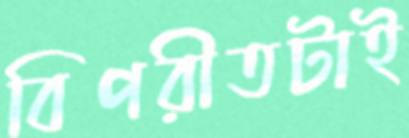
বিপরীতটাই